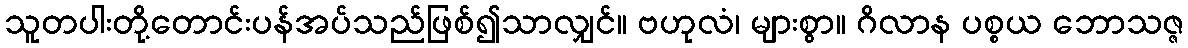
သူတပါးတို့တောင်းပန်အပ်သည်ဖြစ်၍သာလျှင်။ ဗဟုလံ၊ များစွာ။ ဂိလာန ပစ္စယ ဘောသဇ္ဇ